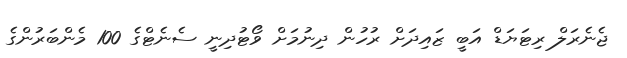
ޖެނެރަލް ރިޓަޔަޑް އަބީ ޒައިދަށް ރުހުން ދިނުމަށް ވޯޓުދިނީ ސެނެޓްގެ 100 މެންބަރުންގެ